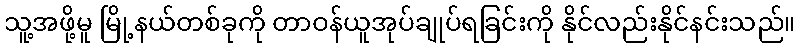
သူ့အဖို့မူ မြို့နယ်တစ်ခုကို တာဝန်ယူအုပ်ချုပ်ရခြင်းကို နိုင်လည်းနိုင်နင်းသည်။